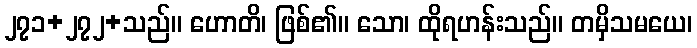
၂၇၁+၂၇၂+သည်။ ဟောတိ၊ ဖြစ်၏။ သော၊ ထိုရဟန်းသည်။ တမှိသမယေ၊